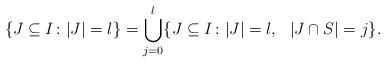
LaTeX: \begin{align*}\{J\subseteq I\colon |J|=l\}=\bigcup_{j=0}^{l}\{ J\subseteq I\colon |J|=l,\ \ |J\cap S|=j\}.\end{align*}